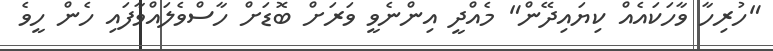
"ހުރިހާ ވާހަކައެއް ކިޔައިދޭން" މެއްދީ އިންނެވީ ވަރަށް ބޮޑަށް ހާސްވެލައްވާފައި ހެން ހީވެ